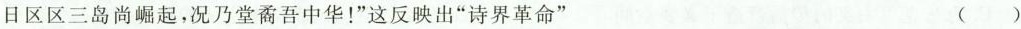
日区区三岛尚崛起，况乃堂矞吾中华！”这反映出”诗界革命” ( )